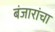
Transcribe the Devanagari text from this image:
बंजारांचा